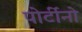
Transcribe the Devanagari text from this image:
पोर्टीनो